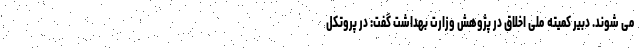
می شوند. دبیر کمیته ملی اخلاق در پژوهش وزارت بهداشت گفت: در پروتکل